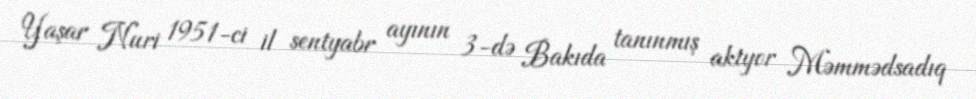
Yaşar Nuri 1951-ci il sentyabr ayının 3-də Bakıda tanınmış aktyor Məmmədsadıq